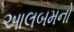
આલબમનો